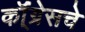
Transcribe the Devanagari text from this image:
कॉ्ंग्रेसचे